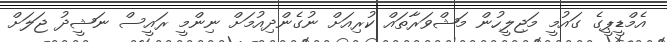
އެމްޑީޕީގެ ގައުމީ މަޖިލީހުން މަޝްވަރާތައް ކުރިއަށް ނުގެންދިއުމަށް ނިންމީ ރައީސް ނަޝީދު ޖަލަށް